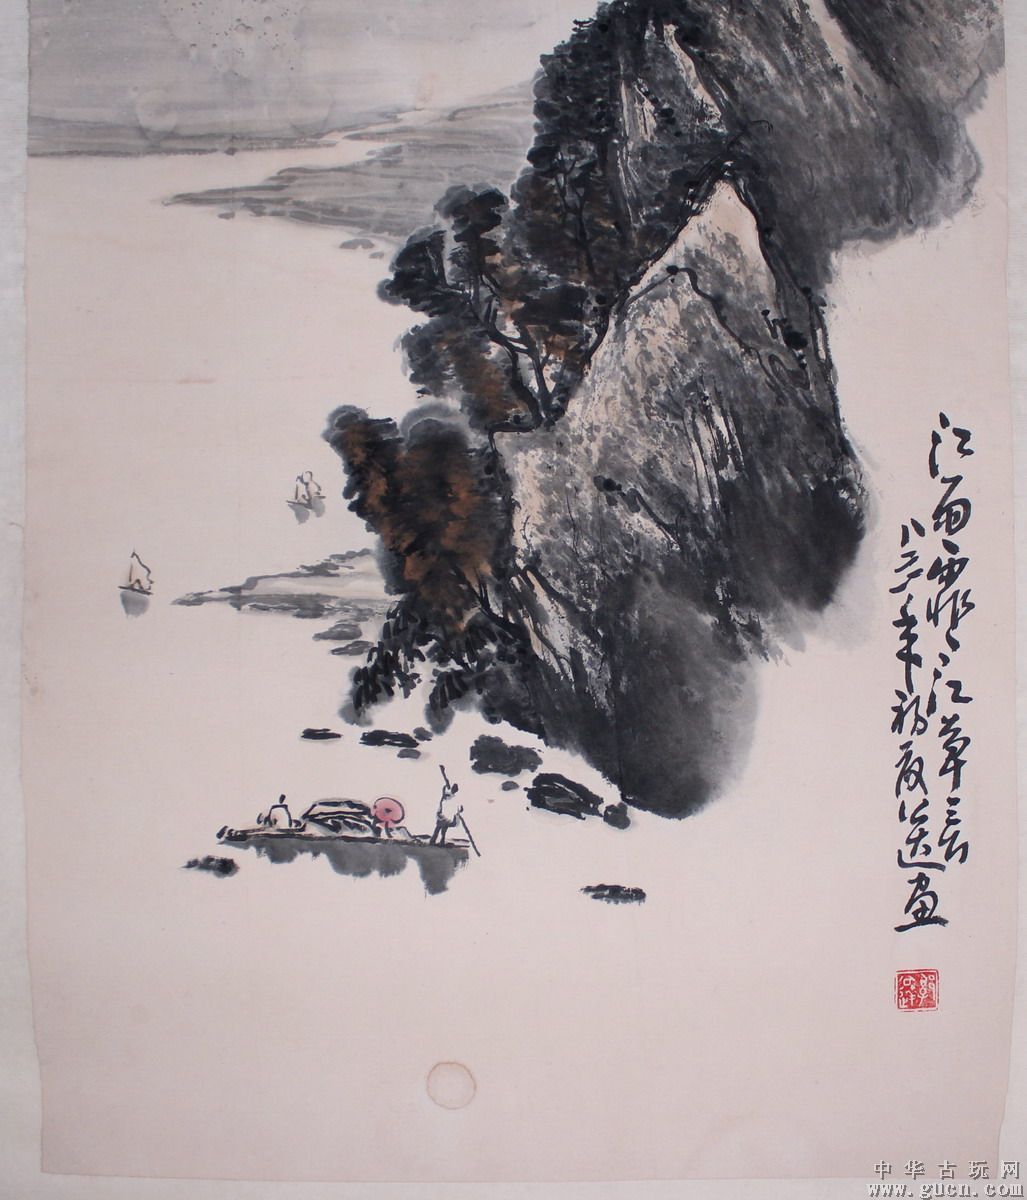
楚水巴山江雨多，巴人能唱本乡歌。